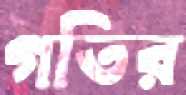
গতির